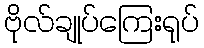
ဗိုလ်ချုပ်ကြေးရုပ်